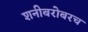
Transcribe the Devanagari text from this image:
शनीबरोबरच